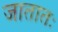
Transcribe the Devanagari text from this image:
जातातः